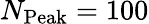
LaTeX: N_{\mathrm{Peak}}=100